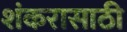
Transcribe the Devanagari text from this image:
शंकरासाठी